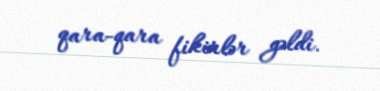
qara-qara fikirlər gəldi.